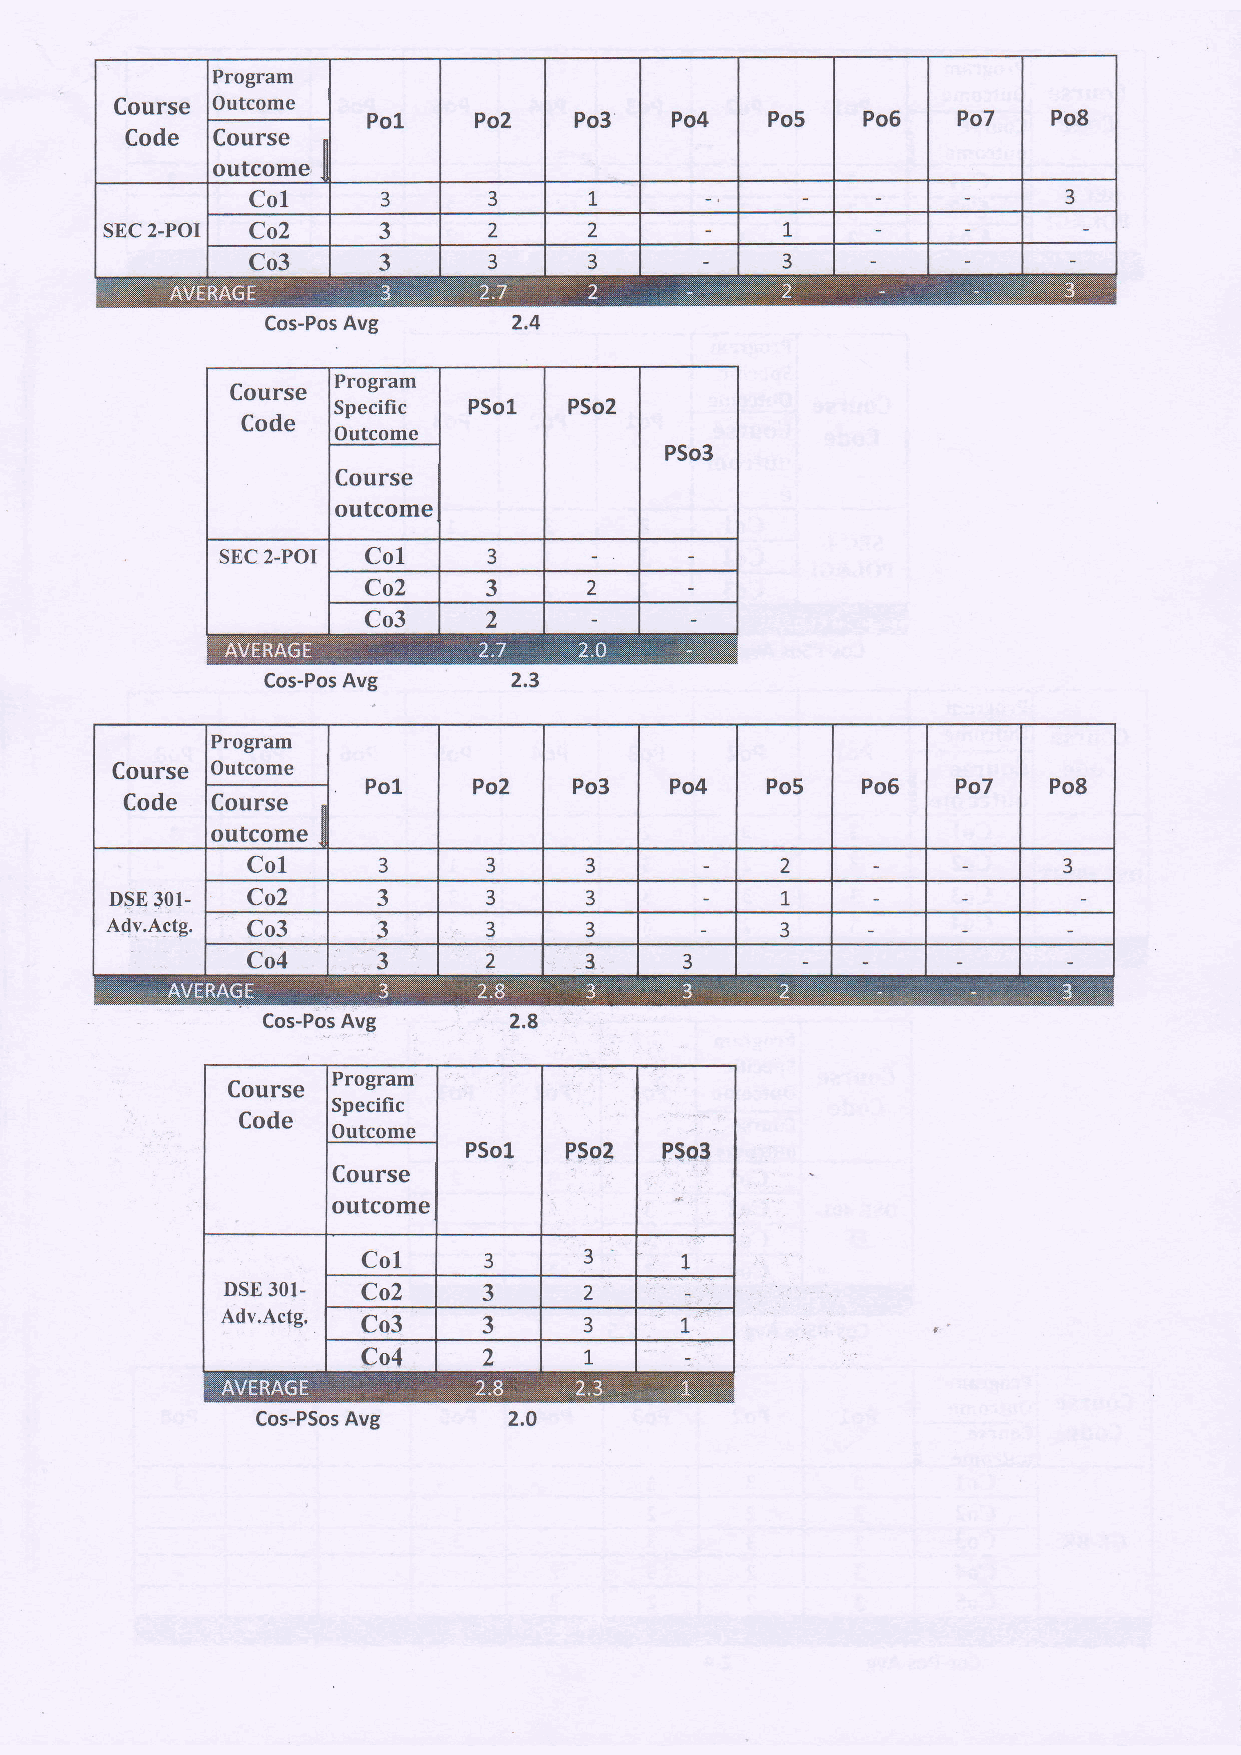
Program
 Course Outcome
 Po1    Po2    Po3   Po4    Po5   Po6   Po7    Po8
 Code  Course
 outcome,
 Col     3      3      T                               3
 SEC 2-POI Co2     3      2      2            1
 Co3      3      3      3            3
 Cos-Pos Avg
 Program
 Specific
 Outcome
 Cos-Pos Avg
 Program
 Course Outcome
 Po1    Po2    Po3   Po4    Po5   Po6   Po7   Po8
 Code  Course
 outcome
 Col
 3      3      3            2                 3
 D$E 301- Co2      3      3      3            1
 A{v.A9tg. Co3     3      3      3            3
 Co4      3      2      3     3
 Cos-Pos Avg
 Program
 Specific
 Outcome
 Cos-PSos Avg